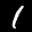
Label: 1